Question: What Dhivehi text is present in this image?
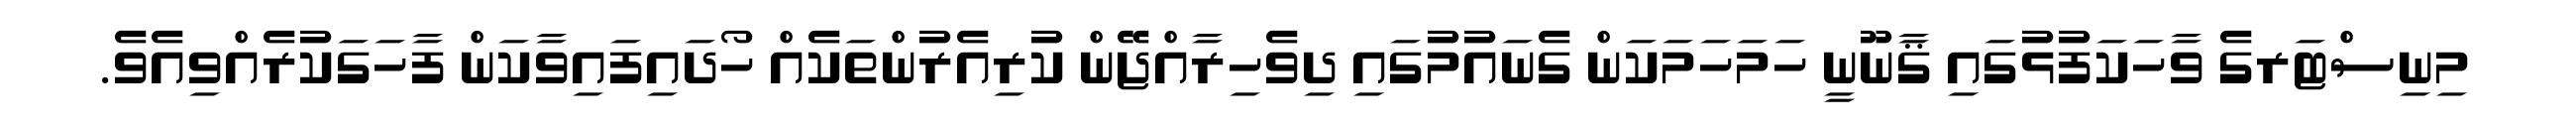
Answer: މިނިސްޓަރގެ ވާހަކަފުޅުގައި ޤާނޫނީ ހަމަހަމަކަން ގެނައުމުގައި ދިވެހިރާއްޖޭން ކުރިއެރުންތަކެއް ހޯދައިފައިވާކަން ފާހަގަކުރެއްވިއެވެ.